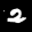
Label: 2